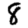
Digit: 8